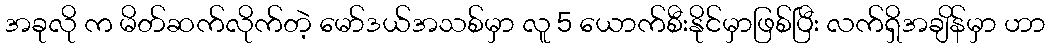
အခုလို က မိတ်ဆက်လိုက်တဲ့ မော်ဒယ်အသစ်မှာ လူ 5 ယောက်စီးနိုင်မှာဖြစ်ပြီး လက်ရှိအချိန်မှာ ဟာ